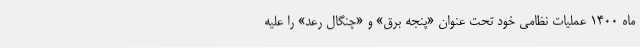
ماه ۱۴۰۰ عملیات نظامی خود تحت عنوان «پنجه برق» و «چنگال رعد» را علیه